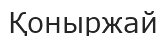
Қоныржай